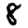
Digit: 8